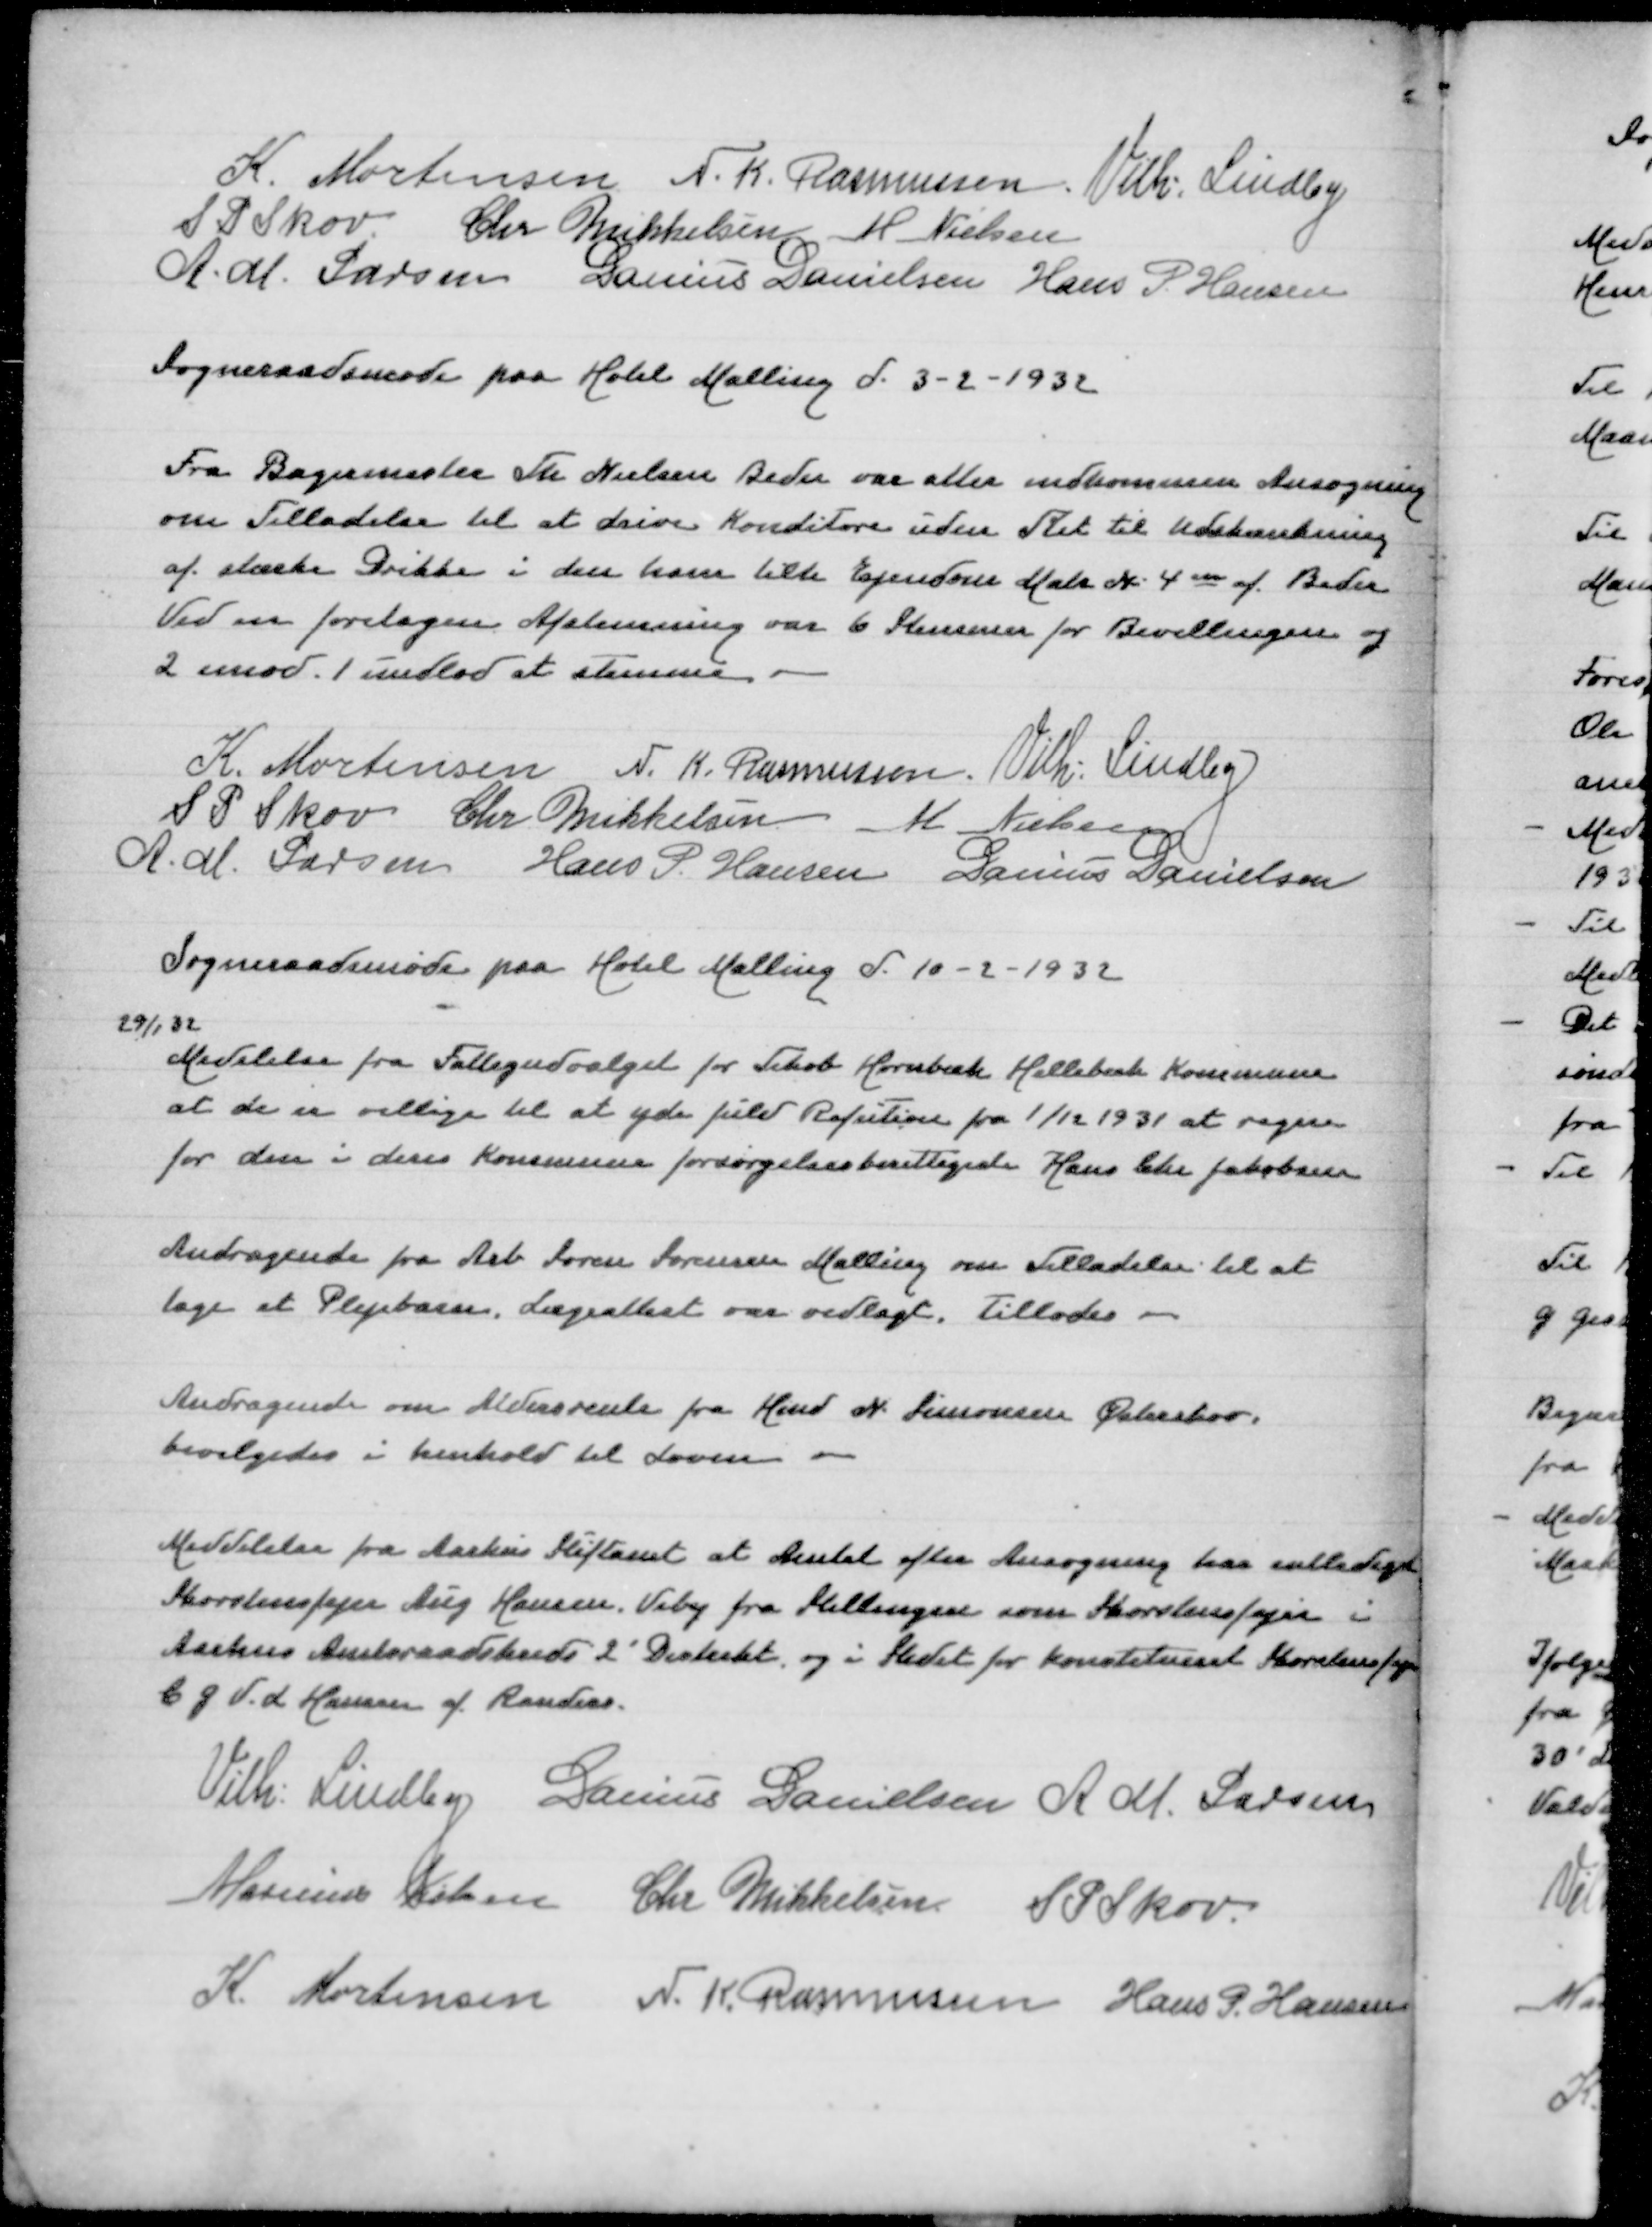
Transskription:
K Mortensen
N K Rasmussen
Vilh Lindby
S P Skov
Chr Mikkelsen
M Nielsen
A M Larsen
Danius Danielsen
Hans P Hansen

Sogneraadsmøde paa Hotel Malling d 3-2-1932

Fra Bagermester Th Nielsen Beder var atter indkommen Ansøgning
om Tilladelse til at drive Konditori uden Ret til Udskænkning
af stærke Drikke i den ham tilh Ejendom Matr N 4m af Beder
Ved en foretagen Afstemning var 6 Medlemmer for Bevillingen og
2 imod 1 undlod at stemme

K Mortensen
N K Rasmussen
Vilh Lindby
S P Skov
Chr Mikkelsen
M Nielsen
A M Larsen
Hans P Hansen
Danius Danielsen

Sogneraadsmøde paa Hotel Malling d 10-2-1932

29/1 32
Meddelelse fra Fattigudvalget for Tikøb Hornbæk Hellebæk Kommune
at de er villige til at yde fuld Refusion fra 1/12 1931 at regne
for den i deres Kommune forsørgelsesberettigede Hans Chr Jakobsen

Andragende fra Arb Søren Sørensen Malling om Tilladelse til at
tage et Plejebarn. Lægeattest var vedlagt. Tillodes

Andragende om Aldersrente fra Hmd N Simonsen Østerskov
bevilgedes i Henhold til Loven

Meddelelse fra Aarhus Stiftamt at Amtet efter Ansøgning har entlediget
Skorstensfejer Aug Hansen, Viby fra Stillingen som Skorstensfejer i
Aarhus Amtsraadskreds 2' Distrikt og i Stedet for konstitueret Skorstensfejer
C G V L Hansen Randers
Vilh Lindby
Danius Danielsen
A M Larsen
Marinus Nielsen
Chr Mikkelsen
S P Skov
K Mortensen
N K Rasmussen
Hans P Hansen